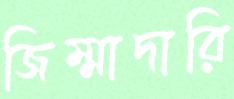
জিম্মাদারি